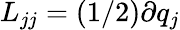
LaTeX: L_{jj}=(1/2)\partial q_{j}